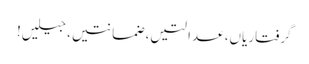
گرفتاریاں، عدالتیں، ضمانتیں، جیلیں!